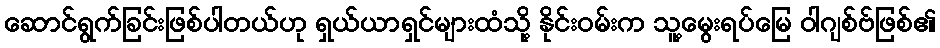
ဆောင်ရွက်ခြင်းဖြစ်ပါတယ်ဟု ရှယ်ယာရှင်များထံသို့ နိုင်းဝမ်းက သူ့မွေးရပ်မြေ ဝါဂျစ်ဗ်ဖြစ်၏